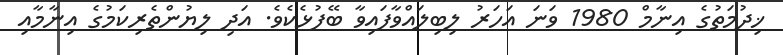
ޚިދުމަތުގެ އިނާމް 1980 ވަނަ އަހަރު ލިބިލައްވާފައިވާ ބޭފުޅެކެވެ. އަދި ލިޔުންތެރިކަމުގެ އިނާމާއި